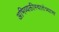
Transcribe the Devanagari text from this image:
अभिव्यक्तीस्वातंत्र्यास